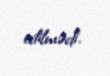
edilmədi.